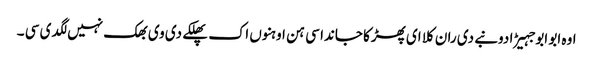
اوہ ابو ابو جہیڑا دونبے دی ران کلا ای پھڑکا جاندا سی ہن اوہنوں اک پھلکے دی وی بھک نہیں لگدی سی ۔